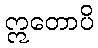
ဣတောပိ